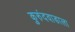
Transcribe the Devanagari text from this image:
कुरुंदवाडाला